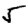
Digit: 5